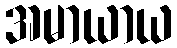
အမာယာယ